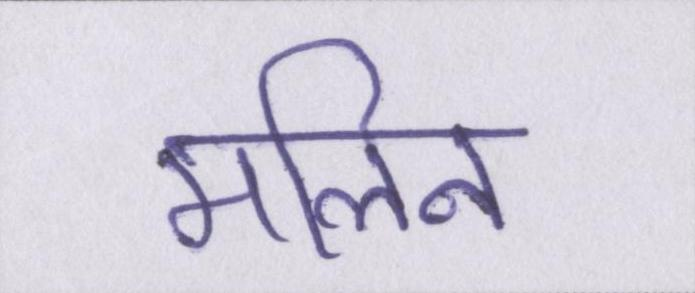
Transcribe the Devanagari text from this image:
मलिन